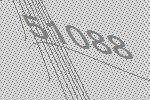
51088